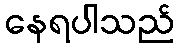
နေရပါသည်